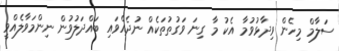
ސަލާމް މިހެން ވިދާޅުވުމާ އެކު މާ ގިނަ ވަގުތުތަކެއް ނުދެއްވައި ބައްދަލުވުން ނިންމަވާލެއްވީ